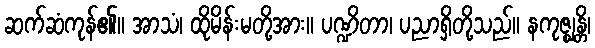
ဆက်ဆံကုန်၏။ အာသံ၊ ထိုမိန်းမတို့အား။ ပဏ္ဍိတာ၊ ပညာရှိတို့သည်။ နကုဇ္ဈန္တိ၊